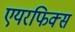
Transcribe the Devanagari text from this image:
एयरफिक्स